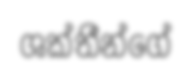
ශක්තීන්ගේ